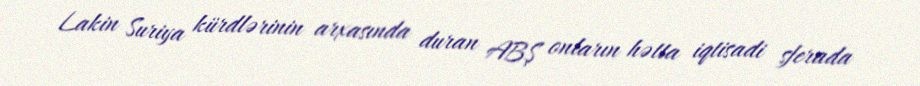
Lakin Suriya kürdlərinin arxasında duran ABŞ onların hətta iqtisadi sferada